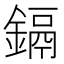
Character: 鎘